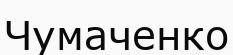
Чумаченко